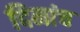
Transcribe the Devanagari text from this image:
दिमांच